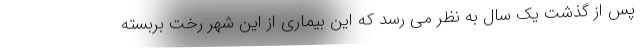
پس از گذشت یک سال به نظر می رسد که این بیماری از این شهر رخت بربسته